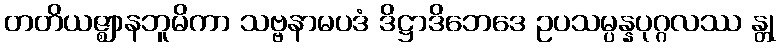
တတိယဇ္ဈာနဘူမိကာ သဗ္ဗနာမပဒံ ဒိဋ္ဌာဒိဘေဒေ ဥပသမ္ပန္နပုဂ္ဂလဿ န္တု